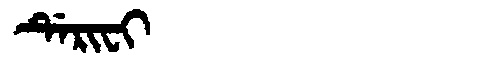
Manchu: ᡩᡝᡵᡳᠸᡳ
Romanization: DERIFI